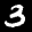
Label: 3